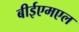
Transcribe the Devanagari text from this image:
बीईएमएल